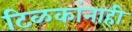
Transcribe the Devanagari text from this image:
टिळकांनाही